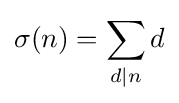
\sigma (n)=\sum _{d\mid n}d